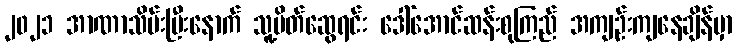
၂၀၂၁ အာဏာသိမ်းပြီးနောက် သူ့မိတ်ဆွေရင်း ဒေါ်အောင်ဆန်းစုကြည် အကျဉ်းကျနေချိန်မှာ